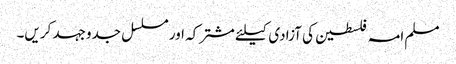
مسلم امہ فلسطین کی آزادی کیلئے مشترکہ اور مسلسل جدوجہد کریں۔